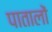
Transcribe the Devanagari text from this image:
पातालों